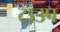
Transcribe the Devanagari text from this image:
टाउप